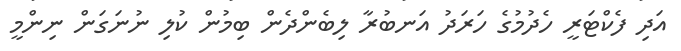
އަދި ފެކްޓަރީ ހެދުމުގެ ހަރަދު އަނބުރާ ލިބެންދެން ބިމުން ކުލި ނުނަގަން ނިންމީ